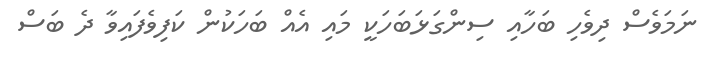
ނަމަވެސް ދިވެހި ބަހާއި ސިންގަޅަބަހަކީ މައި އެއް ބަހަކުން ކަފިވެފައިވާ ދެ ބަސް